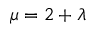
\mu = 2 + \lambda